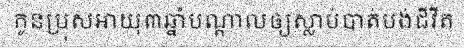
កូនប្រុសអាយុ៣ឆ្នាំបណ្តាលឲ្យស្លាប់បាត់បង់ជីវីត